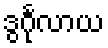
ဒွင်္ဂုလာယ